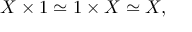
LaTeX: X \times 1 \simeq 1 \times X \simeq X ,